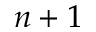
n + 1